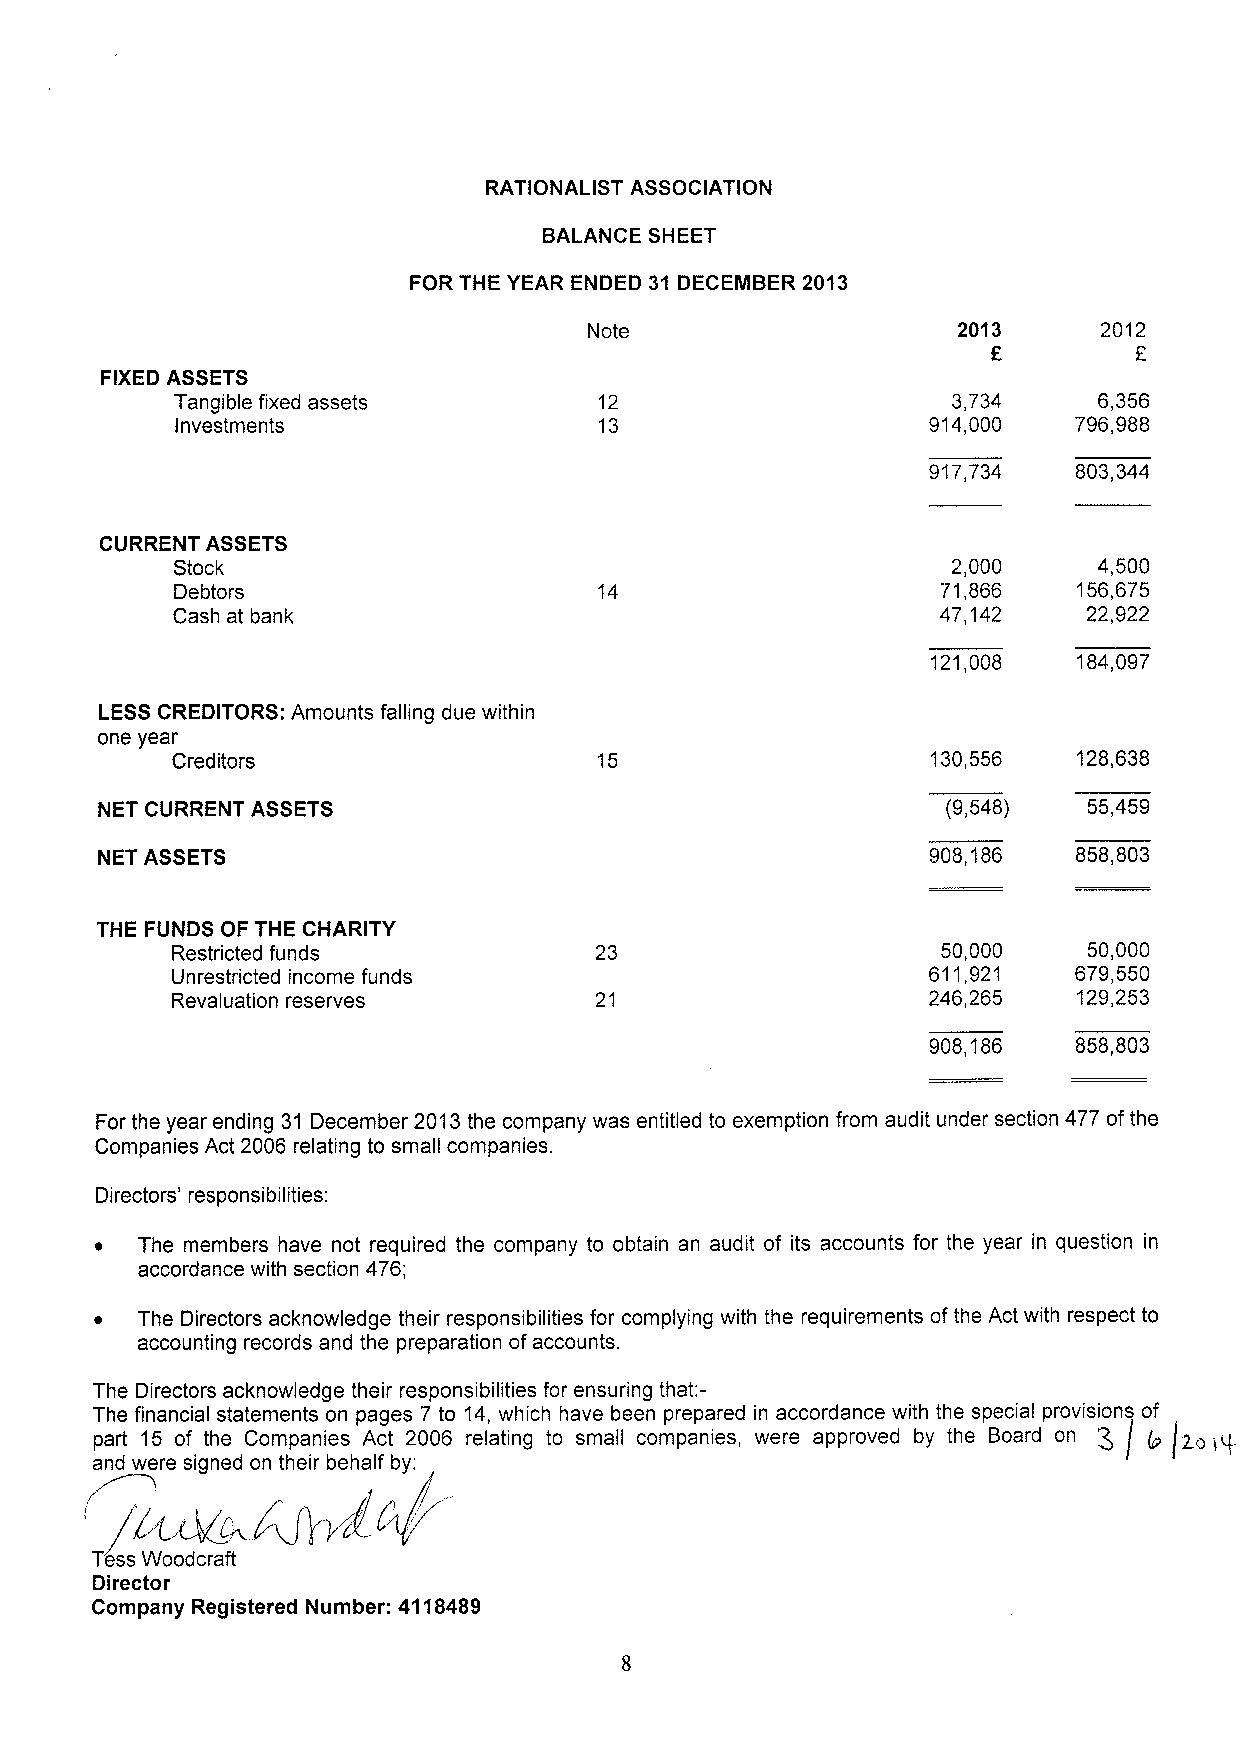
RATIONALIST ASSOCIATION
 BALANCE SHEET
 FOR THE YEAR ENDED 31 DECEMBER 2013
 Note                    2013      2012
 E        E
 FIXED ASSETS
 Tangible fixed assets       12                     3,734     6,356
 Investments                 13                   914,000   796,988
 917,734   803,344
 CURRENT ASSETS
 Stock                                               2,000     4,500
 Debtors                     14                    71,866   156,675
 Cash at bank                                       47,142    22,922
 121,008  184,097
 LESSCREDITORS: Amounts falling due within
 one year
 Creditors                    15                    130,556  128,638
 NET CURRENT ASSETS                                       (9,548)  55,459
 NET ASSETS                                              908,186  858,803
 THE FUNDS OF THE CHARITY
 Restricted funds                                   50,000    50,000
 Unrestricted income funds                         611,921   679,550
 Revaluation reserves        21                    246,265   129,253
 908,186  858,803
 For the year ending 31 December 2013the company was entitled to exemption from audit under section 477 ofthe
 Companies Act 2006 relating to small companies.
 Directors' responsibilities:
 ~  The members have not required the company to obtain an audit of its accounts for the year in question in
 accordance with section 476;
 ~  The Directors acknowledge their responsibilities for complying with the requirements of the Act with respect to
 accounting records and the preparation ofaccounts.
 The Directors acknowledge their responsibilities for ensuring that:-
 The financial statements on pages 7 to 14, which have been prepared in accordance with the special provisions of
 part 15 of the Companies Act 2006 relating to small companies, were approved by the Board on
 and were signed on their behalf by:
 V+4
 ' //L, ~of
 Tess Woodcraft
 Director
 Company Registered Number: 4118489